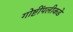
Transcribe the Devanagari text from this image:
गोष्टींपलीकडे